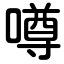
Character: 噂